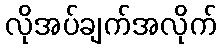
လိုအပ်ချက်အလိုက်